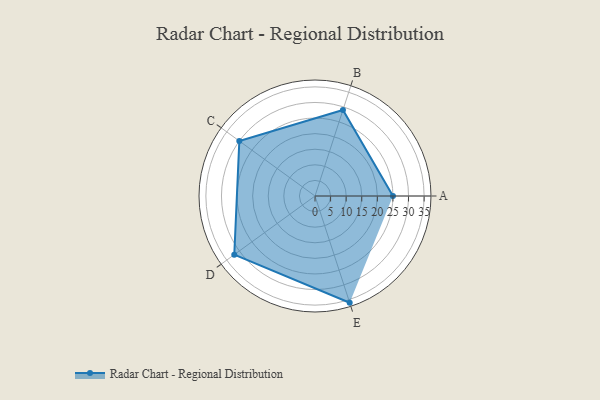
{"axis": {"x": "Skill", "y": "Score"}, "legend": ["Profile"], "data": [{"x": "A", "y": 25.0, "type": "Profile"}, {"x": "B", "y": 29.0, "type": "Profile"}, {"x": "C", "y": 30.0, "type": "Profile"}, {"x": "D", "y": 32.0, "type": "Profile"}, {"x": "E", "y": 36.0, "type": "Profile"}]}